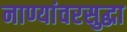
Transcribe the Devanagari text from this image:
नाण्यांवरसुद्धा